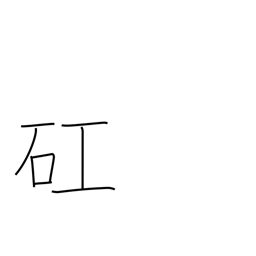
Meaning: serious minded